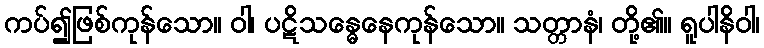
ကပ်၍ဖြစ်ကုန်သော။ ဝါ၊ ပဋိသန္ဓေနေကုန်သော။ သတ္တာနံ၊ တို့၏။ ရူပါနိဝါ၊